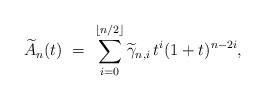
LaTeX: \begin{align*} \widetilde{A}_n(t) \ = \ \sum_{i=0}^{\lfloor n/2 \rfloor} \widetilde{\gamma}_{n,i} \, t^i (1+t)^{n-2i},\end{align*}